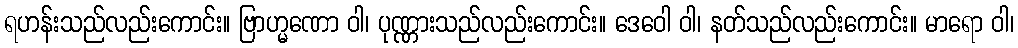
ရဟန်းသည်လည်းကောင်း။ ဗြာဟ္မဏော ဝါ၊ ပုဏ္ဏားသည်လည်းကောင်း။ ဒေဝေါ ဝါ၊ နတ်သည်လည်းကောင်း။ မာရော ဝါ၊